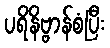
ပရိနိဗ္ဗာန်စံပြီး